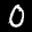
Label: 0